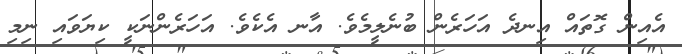
އެއިން ގޮތައް އިނދެ އަހަރެން ބުނެލީމެވެ. އާނ އެކެވެ. އަހަރެންނަކީ ކިޔަވައި ނިމި